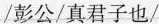
/彭公/真君子也/